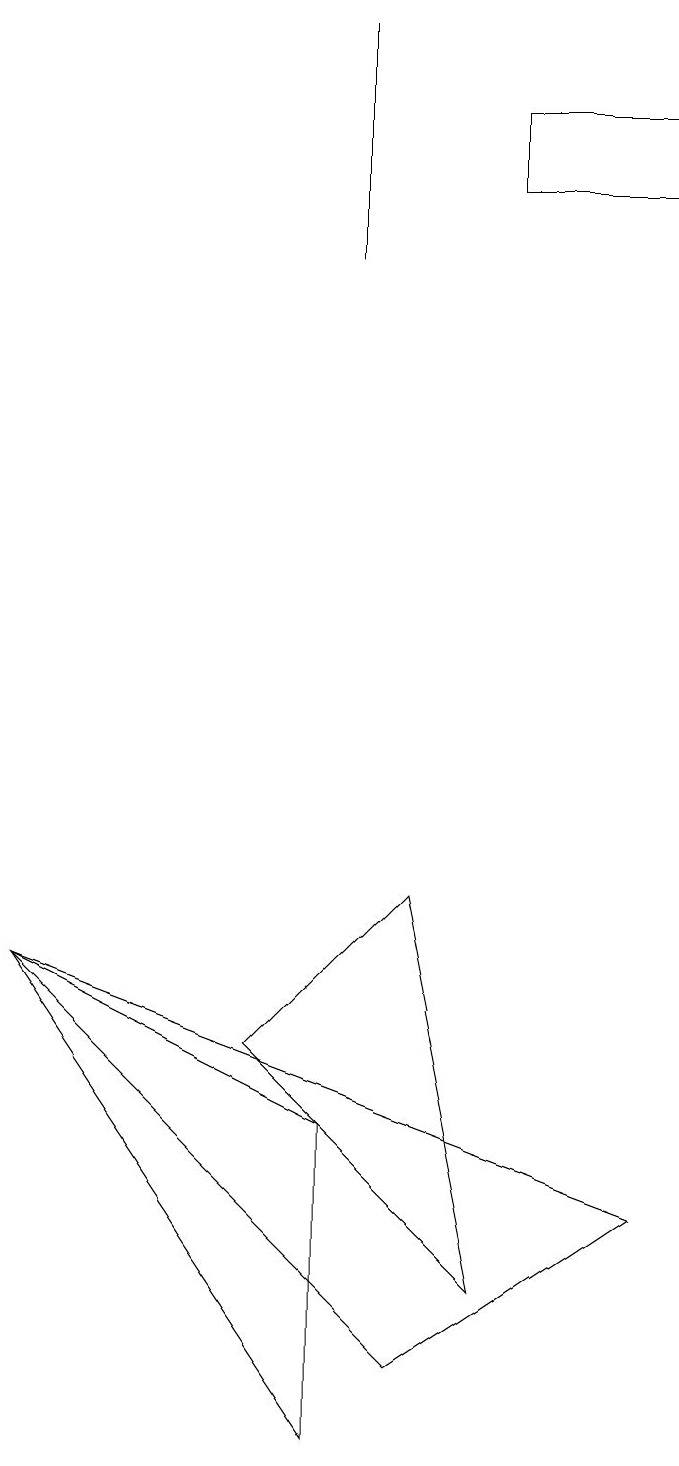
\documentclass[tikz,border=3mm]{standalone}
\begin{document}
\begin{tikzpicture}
\draw (3,5) -- (5,7) -- (6,2) -- cycle;
\draw (8,16) rectangle (6,17);
\draw (8,3) -- (5,1) -- (0,6) -- cycle;
\draw (4,15) rectangle (4,18);
\draw (0,6) -- (4,4) -- (4,0) -- cycle;
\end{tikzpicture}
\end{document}